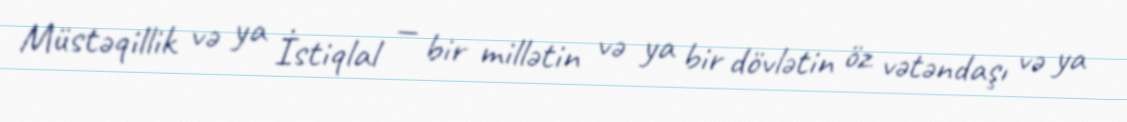
Müstəqillik və ya İstiqlal — bir millətin və ya bir dövlətin öz vətəndaşı və ya